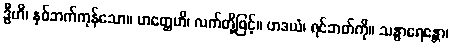
ဒွီဟိ၊ နှစ်ဘက်ကုန်သော။ ဟတ္ထေဟိ၊ လက်တို့ဖြင့်။ ဟဒယံ၊ ရင်ဘတ်ကို။ သန္ဓာရေန္တော၊